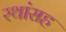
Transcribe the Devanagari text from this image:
रथांसह